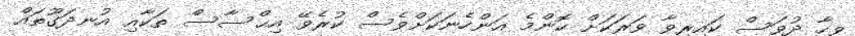
ވިހާ ދުވަސް ކައިރިވާ ވަރަކަށް ކޮންމެ އަންހެނަކަށްވެސް ކުރެވޭ އިޙްސާސް ތަކާއި އުނދަގޫތައް